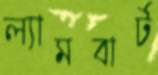
ল্যামবার্ট